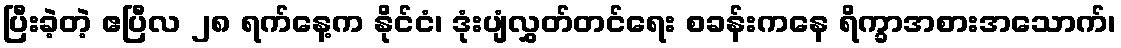
ပြီးခဲ့တဲ့ ဧပြီလ ၂၈ ရက်နေ့က နိုင်ငံ၊ ဒုံးပျံလွှတ်တင်ရေး စခန်းကနေ ရိက္ခာအစားအသောက်၊